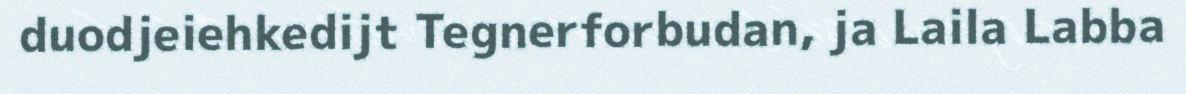
duodjeiehkedijt Tegnerforbudan, ja Laila Labba